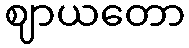
ဈာယတော